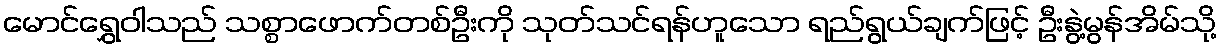
မောင်ရွှေဝါသည် သစ္စာဖောက်တစ်ဦးကို သုတ်သင်ရန်ဟူသော ရည်ရွယ်ချက်ဖြင့် ဦးနွဲ့မွန်အိမ်သို့